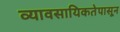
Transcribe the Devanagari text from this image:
व्यावसायिकतेपासून